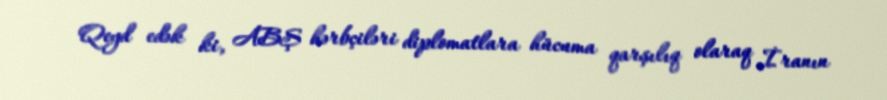
Qeyd edək ki, ABŞ hərbçiləri diplomatlara hücuma qarşılıq olaraq İranın